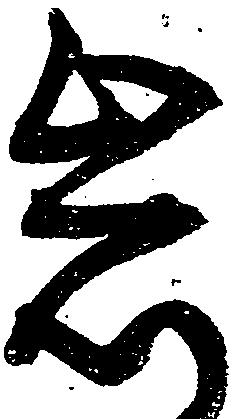
岩